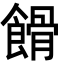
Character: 餶